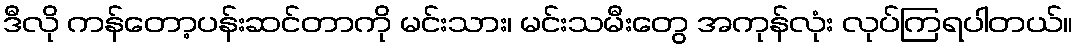
ဒီလို ကန်တော့ပန်းဆင်တာကို မင်းသား၊ မင်းသမီးတွေ အကုန်လုံး လုပ်ကြရပါတယ်။